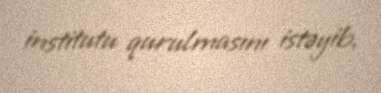
institutu qurulmasını istəyib.